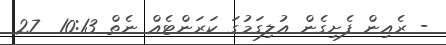
- ރެއިން ފެށިގެން އުލިގަމުގަ ކަރަންޓެއް ނެތް 10:13  27